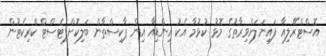
އޮސްޓްރޭލިއާ ފައިނަލަށްވިރާތުގެ މޮޅު ކުޅުމާ އެކު އިންޑިއާ އިން ޕާކިސްތާން ބަލިކޮށްފިޓެސްޓް ކްރިކެޓުން